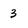
Character: 3